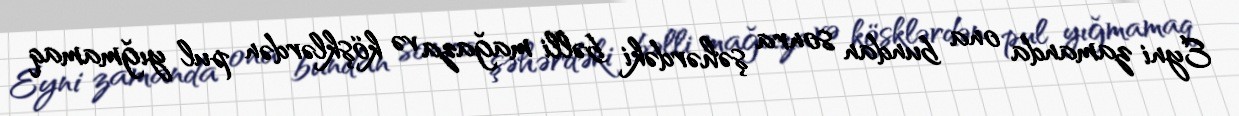
Eyni zamanda ona bundan sonra şəhərdəki bəlli mağaza və köşklərdən pul yığmamaq